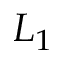
L _ { 1 }